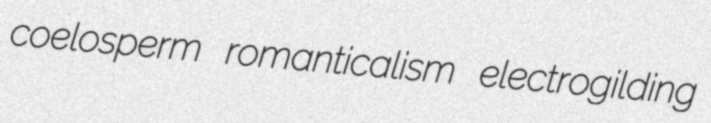
coelosperm romanticalism electrogilding